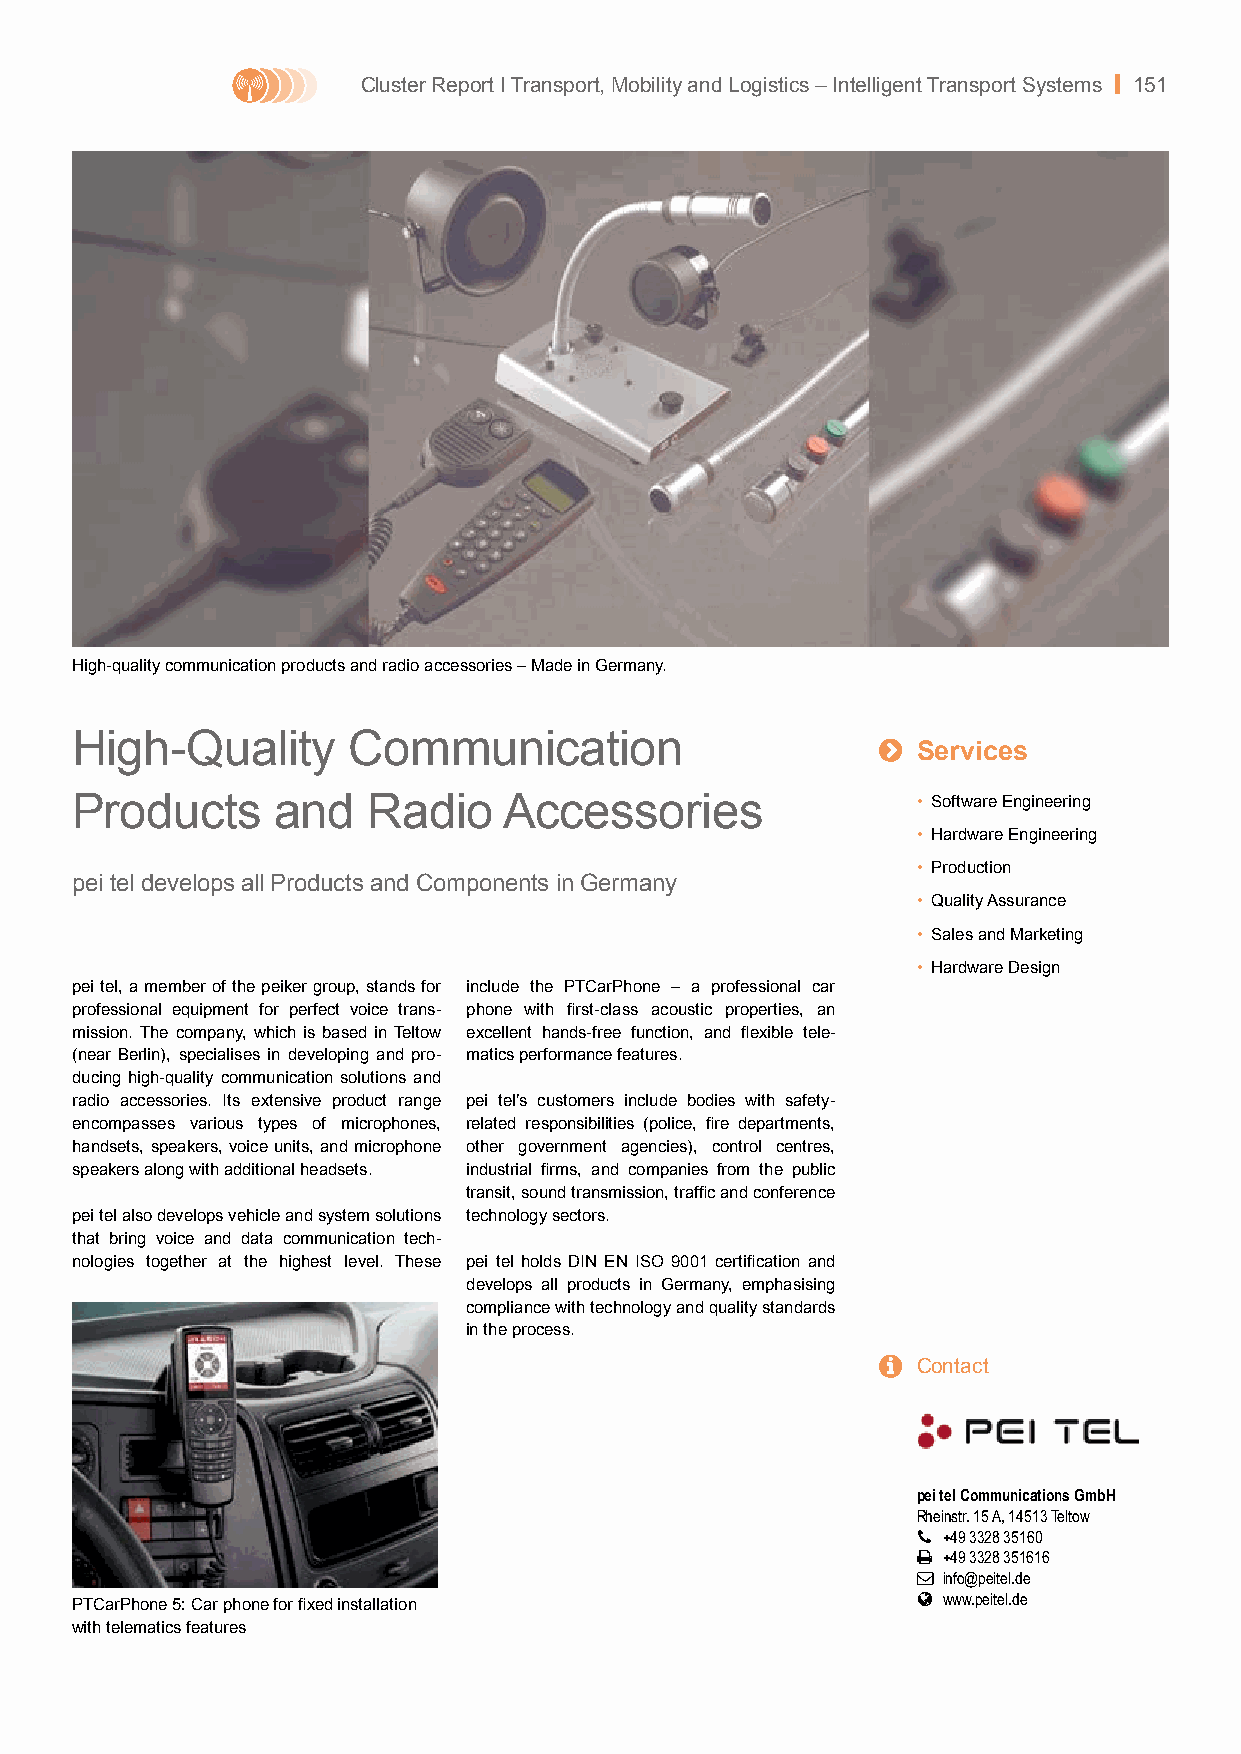
Cluster Report I Transport, Mobility and Logistics – Intelligent Transport Systems | 151
 High-quality communication products and radio accessories – Made in Germany.
 High-Quality      Communication                      
 Services
 Products     and   Radio    Accessories                 • Software Engineering
 • Hardware Engineering
 • Production
 pei tel develops all Products and Components in Germany
 • Quality Assurance
 • Sales and Marketing
 • Hardware Design
 pei tel, a member of the peiker group, stands for include the PTCarPhone – a professional car
 professional equipment for perfect voice trans- phone with first-class acoustic properties, an
 mission. The company, which is based in Teltow excellent hands-free function, and flexible tele-
 (near Berlin), specialises in developing and pro- matics performance features.
 ducing high-quality communication solutions and
 radio accessories. Its extensive product range pei tel’s customers include bodies with safety-
 encompasses various types of microphones, related responsibilities (police, fire departments,
 handsets, speakers, voice units, and microphone other government agencies), control centres,
 speakers along with additional headsets. industrial firms, and companies from the public
 transit, sound transmission, traffic and conference
 pei tel also develops vehicle and system solutions technology sectors.
 that bring voice and data communication tech-
 nologies together at the highest level. These pei tel holds DIN EN ISO 9001 certification and
 develops all products in Germany, emphasising
 compliance with technology and quality standards
 in the process.
   Contact
 pei tel Communications GmbH
 Rheinstr. 15 A, 14513 Teltow
  +49 3328 35160
  +49 3328 351616
  info@peitel.de
  www.peitel.de
 PTCarPhone 5: Car phone for fixed installation
 with telematics features